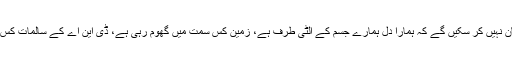
ان کو ہم کبھی بھی یہ بیان نہیں کر سکیں گے کہ ہمارا دل ہمارے جسم کے الٹی طرف ہے، زمین کس سمت میں گھوم رہی ہے، ڈی این اے کے سالمات کس طرح سے گھومتے ہیں۔